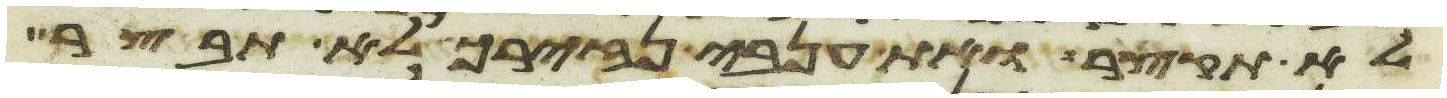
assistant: לא תקצר ואת ענבי נזיריך לא תבצר